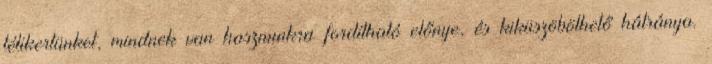
télikertünket, mindnek van hasznunkra fordítható előnye, és kiküszöbölhető hátránya.